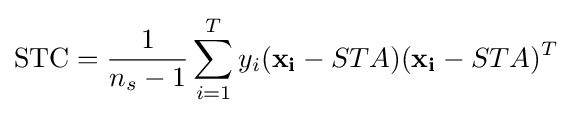
\operatorname {STC} ={\frac {1}{n_{s}-1}}\sum _{i=1}^{T}y_{i}(\mathbf {x_{i}} -STA)(\mathbf {x_{i}} -STA)^{T}